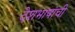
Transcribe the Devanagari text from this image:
देशभाषांची